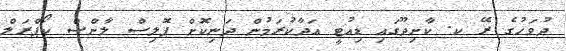
ދުވަހުގެ ރޭ ކ. ކާށިދޫގައި ޑިއުޓީ އަދާކުރަމުން ދަނިކޮށް ޕޮލިސް ލާންސް ކޯޕްރަލް